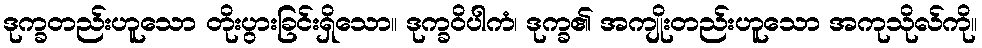
ဒုက္ခတည်းဟူသော တိုးပွားခြင်းရှိသော။ ဒုက္ခဝိပါကံ၊ ဒုက္ခ၏ အကျိုးတည်းဟူသော အကုသိုလ်ကို။